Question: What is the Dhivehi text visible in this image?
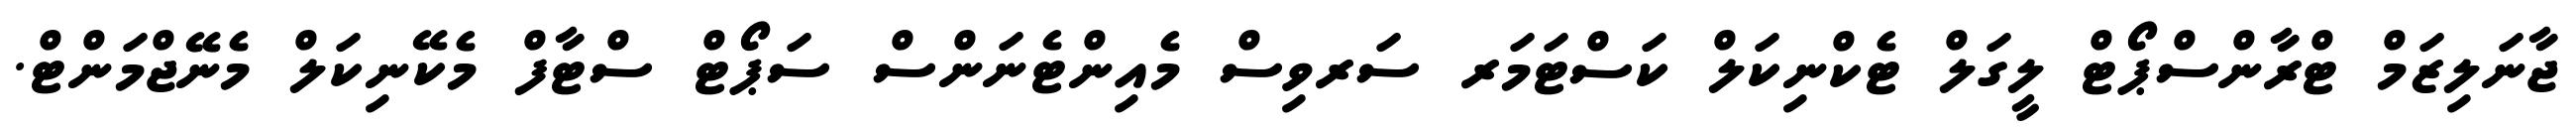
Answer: ޖާނަލިޒަމް ޓްރާންސްޕޯޓް ލީގަލް ޓެކްނިކަލް ކަސްޓަމަރ ސަރވިސް މެއިންޓެނަންސް ސަޕޯޓް ސްޓާފް މެކޭނިކަލް މެނޭޖްމަންޓް.